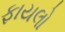
ફાયલો